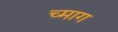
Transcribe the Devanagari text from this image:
च्माग